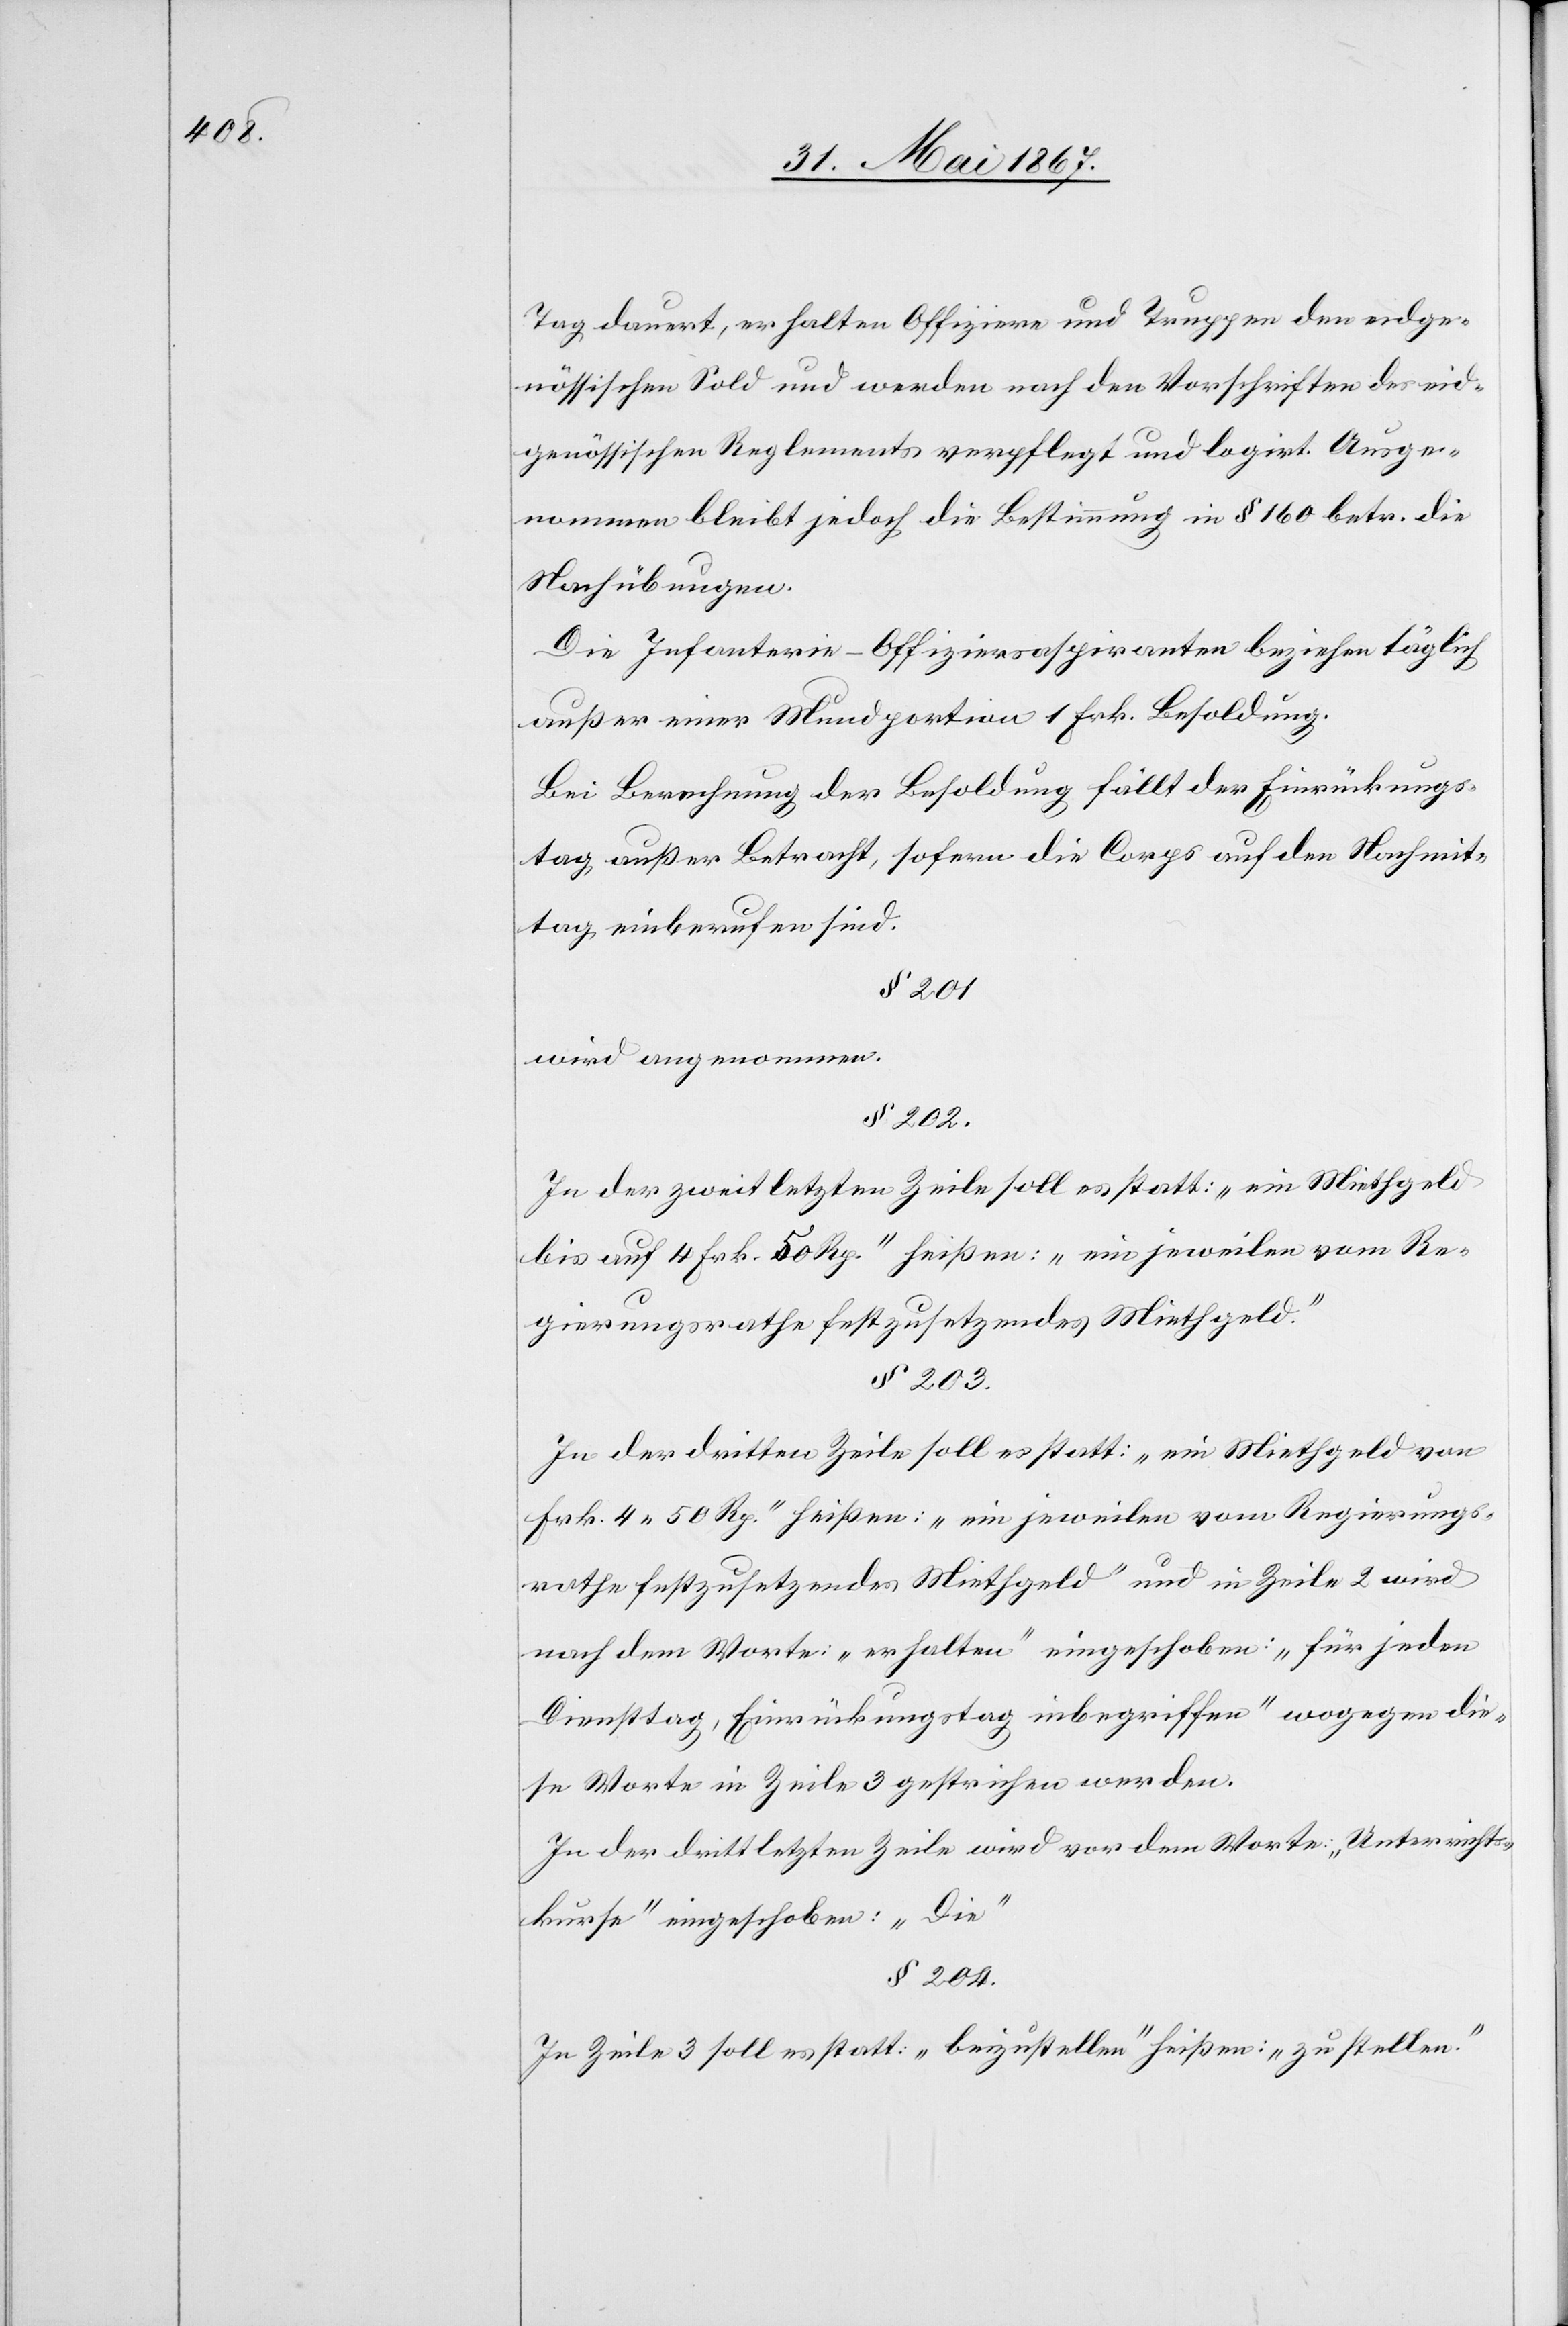
Tag dauert, erhalten Offiziere und Truppen den eidge¬
nössischen Sold und werden nach den Vorschriften des eid¬
genössischen Reglements verpflegt und logirt. Ausge¬
nommen bleibt jedoch die Bestimmung in § 160 betr. die
Nachübungen.
Die Infanterie-Offiziersaspiranten beziehen täglich
außer einer Mundportion 1 Frk. Besoldung.
Bei Berechnung der Besoldung fällt der Einrückungs¬
tag außer Betracht, sofern die Corps auf den Nachmit¬
tag einberufen sind.
§ 201
wird angenommen.
§ 202.
In der zweitletzten Zeile soll es statt: „ein Miethgeld
bis auf 4 Frk. 50 Rp.“ heißen: „ein jeweilen vom Re¬
gierungsrathe festzusetzendes Miethgeld.“
§ 203.
In der dritten Zeile soll es statt: „ein Miethgeld von
Frk. 4. 50 Rp.“ heißen. „ein jeweilen vom Regierungs¬
rathe festzusetzendes Miethgeld“ und in Zeile 2 wird
nach dem Worte: „erhalten“ eingeschoben: „für jeden
Dienstag, Einrückungstag inbegriffen“ wogegen die¬
se Worte in Zeile 3 gestrichen werden.
In der drittletzten Zeile wird vor dem Worte: „Unterrichts¬
kurse“ eingeschoben: „Die“
§ 204.
In Zeile 3 soll es statt: „beizustellen“ heißen: „zu stellen.“